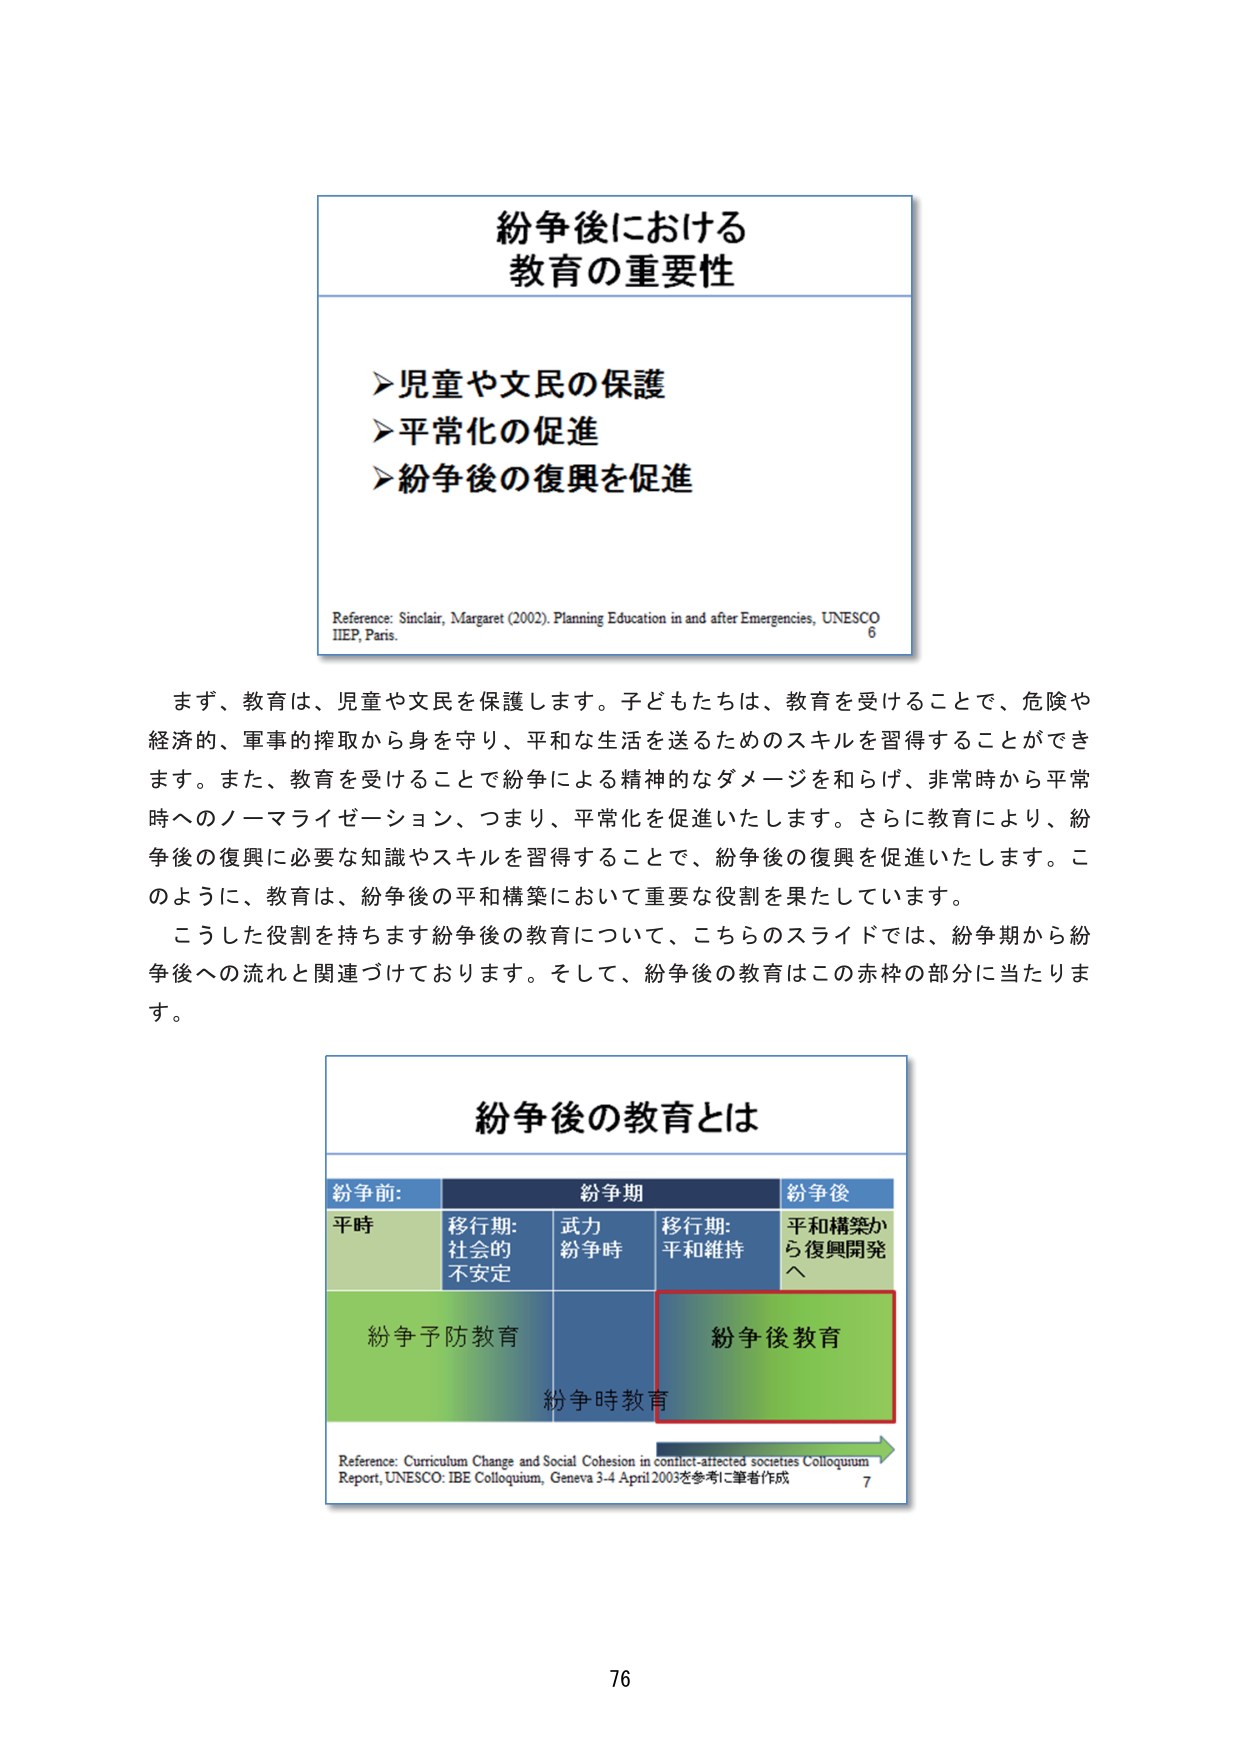
紛争後における
教育の重要性

➤児童や文民の保護
➤平常化の促進
➤紛争後の復興を促進

Reference: Sinclair, Margaret (2002). Planning Education in and after Emergencies, UNESCO
IIEP, Paris. 6

まず、教育は、児童や文民を保護します。子どもたちは、教育を受けることで、危険や
経済的、軍事的搾取から身を守り、平和な生活を送るためのスキルを習得することができ
ます。また、教育を受けることで紛争による精神的なダメージを和らげ、非常時から平常
時へのノーマライゼーション、つまり、平常化を促進いたします。さらに教育により、紛
争後の復興に必要な知識やスキルを習得することで、紛争後の復興を促進いたします。こ
のように、教育は、紛争後の平和構築において重要な役割を果たしています。
こうした役割を持ちます紛争後の教育について、こちらのスライドでは、紛争期から紛
争後への流れと関連づけております。そして、紛争後の教育はこの赤枠の部分に当たりま
す。

紛争後の教育とは

紛争前:　　　　　　　紛争期　　　　　　　紛争後
平時　　　　　移行期:　　　武力　　　移行期:　　　平和構築か
　　　　　　　社会的　　　紛争時　　　平和維持　　　ら復興開発
　　　　　　　不安定　　　　　　　　　　　　　へ

紛争予防教育　　　　　　　　　　　　　紛争後教育
　　　　　　　　　　　　　　　　　紛争時教育

Reference: Curriculum Change and Social Cohesion in conflict-affected societies Colloquium
Report, UNESCO: IBE Colloquium, Geneva 3-4 April 2003を参考に筆者作成 7

76